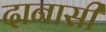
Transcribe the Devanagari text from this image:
दानासी